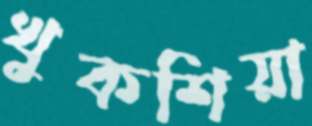
খুকশিয়া